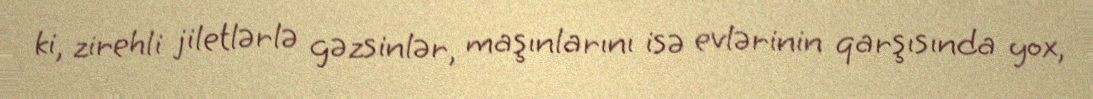
ki, zirehli jiletlərlə gəzsinlər, maşınlarını isə evlərinin qarşısında yox,